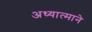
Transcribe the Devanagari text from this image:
अध्यात्माने